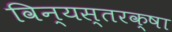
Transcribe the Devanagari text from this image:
विन्यस्तरक्षा